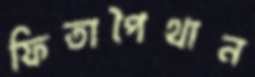
ফিতাপৈথান